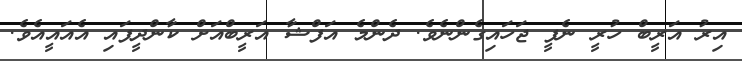
އިރު އަރީބް ހުރީ ނެފީ ޖަހައިގެންނެވެ. ދެންމެ އަފްޝާ އަރީބްއަށް ކާންދީފައި އެއައީއެވެ.